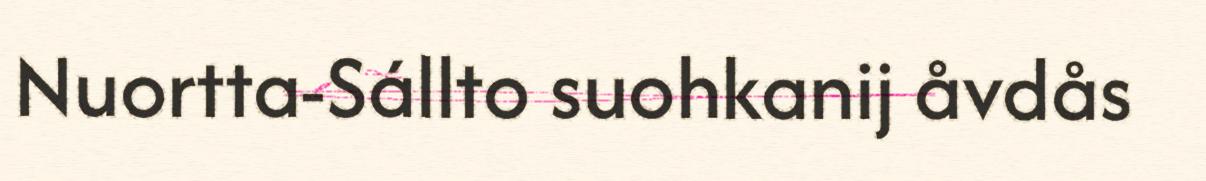
Nuortta-Sállto suohkanij åvdås